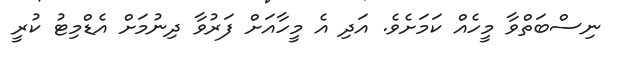
ނިސްބަތްވާ މީހެއް ކަމަށެވެ. އަދި އެ މީހާއަށް ފަރުވާ ދިނުމަށް އެޑްމިޓު ކުރީ